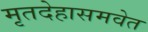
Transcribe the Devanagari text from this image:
मृतदेहासमवेत